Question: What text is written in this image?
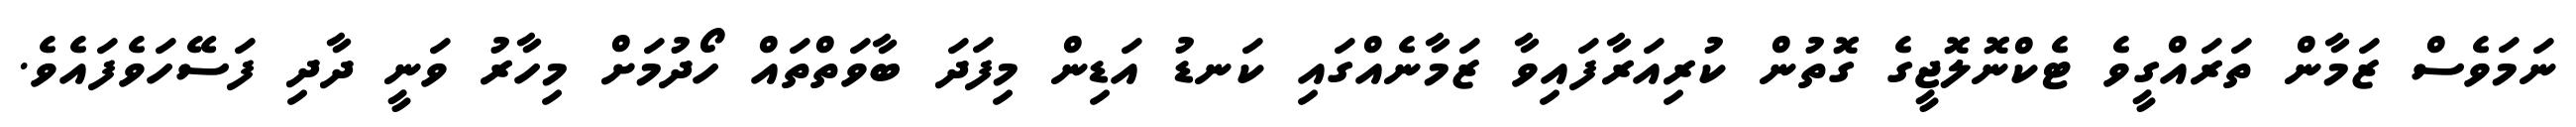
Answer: ނަމަވެސް ޒަމާން ތަރައްގީވެ ޓެކްނޮލޮޖީގެ ގޮތުން ކުރިއަރާފައިވާ ޒަމާނެއްގައި ކަނޑު އަޑިން މިފަދަ ބާވަތްތައް ހޯދުމަށް މިހާރު ވަނީ ދާދި ފަސޭހަވެފައެވެ.